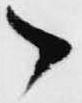
候